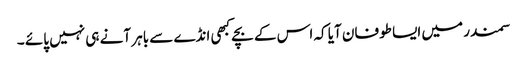
سمندر میں ایسا طوفان آیا کہ اس کے بچے کبھی انڈے سے باہر آنے ہی نہیں پائے ۔